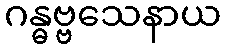
ဂန္ဓဗ္ဗသေနာယ